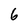
Character: 6